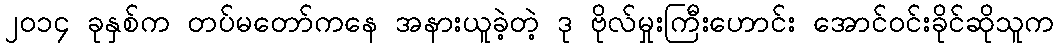
၂၀၁၄ ခုနှစ်က တပ်မတော်ကနေ အနားယူခဲ့တဲ့ ဒု ဗိုလ်မှုးကြီးဟောင်း အောင်ဝင်းခိုင်ဆိုသူက